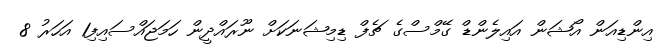
އިންޑިއަން އޯޝަން އައިލެންޑް ގޭމްސްގެ ޗެފް ޑިމިޝަނަކަށް ނޫރައްދީން ހަމަޖައްސައިފި1 އަހަރު 8